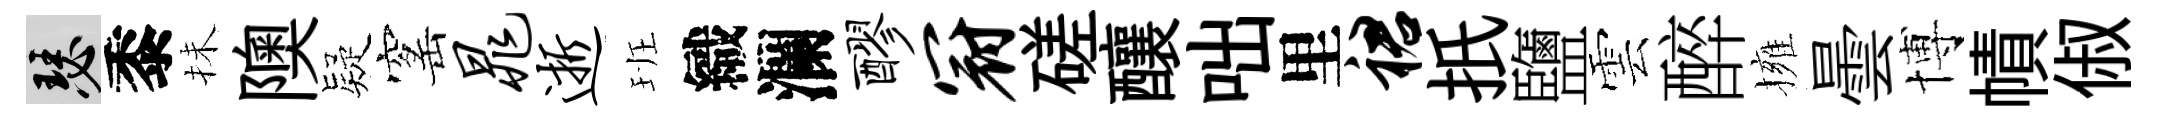
瑟黍抺隩疑窰晁逝班織瀾醪冠磋釀咄里裙扺鹽雲醉擁曇博幘俶